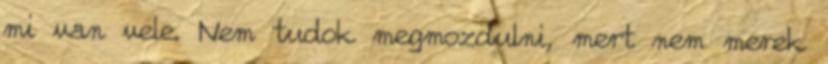
mi van vele. Nem tudok megmozdulni, mert nem merek